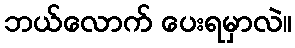
ဘယ်လောက် ပေးရမှာလဲ။